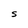
Character: S